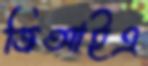
জিআইএ